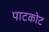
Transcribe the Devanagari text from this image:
पाटकोट